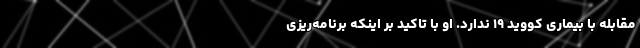
مقابله با بیماری کووید ۱۹ ندارد. او با تاکید بر اینکه برنامه‌ریزی